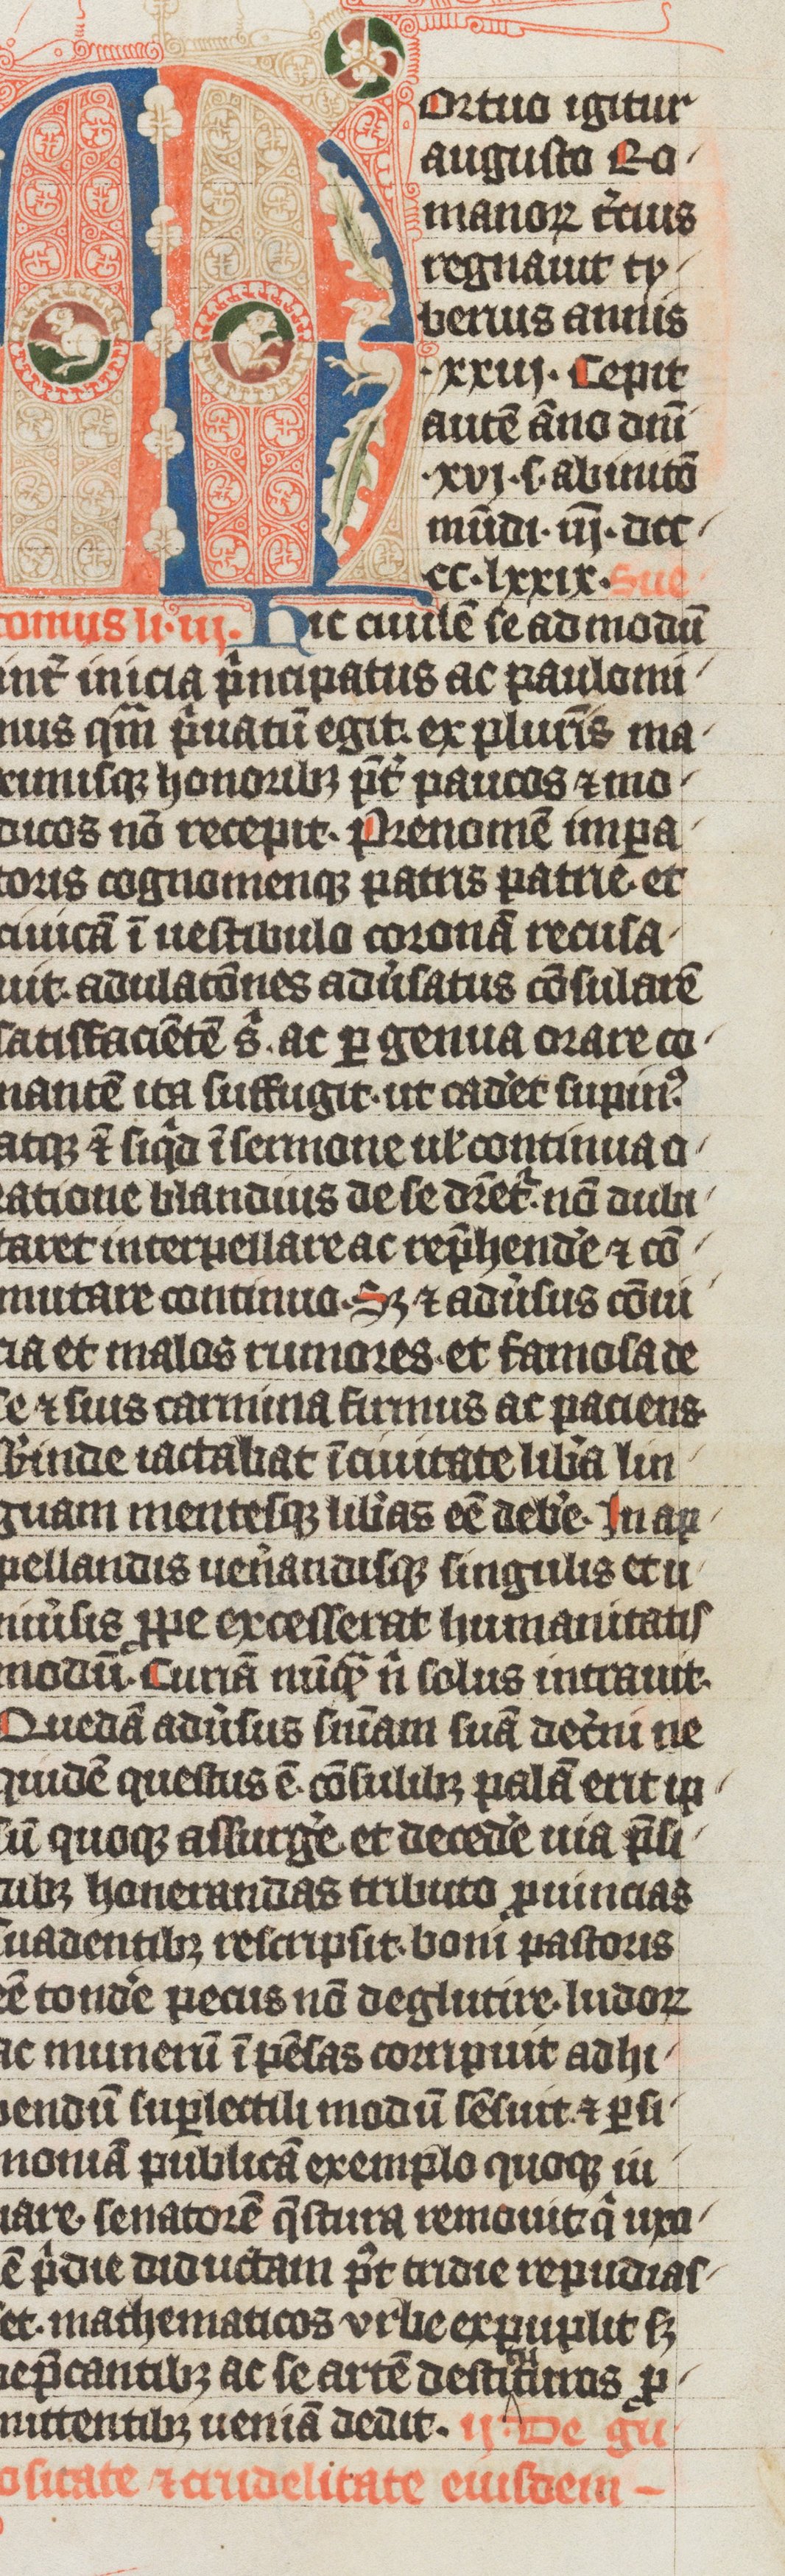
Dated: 1338–1338